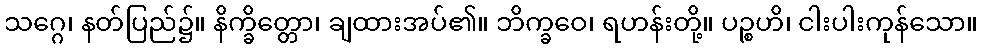
သဂ္ဂေ၊ နတ်ပြည်၌။ နိက္ခိတ္တော၊ ချထားအပ်၏။ ဘိက္ခဝေ၊ ရဟန်းတို့။ ပဉ္စဟိ၊ ငါးပါးကုန်သော။